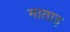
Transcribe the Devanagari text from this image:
माताइ